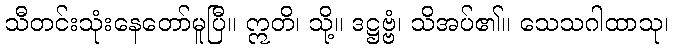
သီတင်းသုံးနေတော်မူပြီ။ ဣတိ၊ သို့။ ဒဋ္ဌဗ္ဗံ၊ သိအပ်၏။ သေသဂါထာသု၊